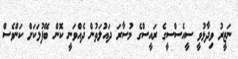
ނަޒީރު ވިދާޅުވީ ސީއެސްސީގެ ރައީސްގެ މުސާރަ ދައުލަތުން ދެއްވަނީ ކޮން ބޭފުޅަކަށް ކަންވެސް